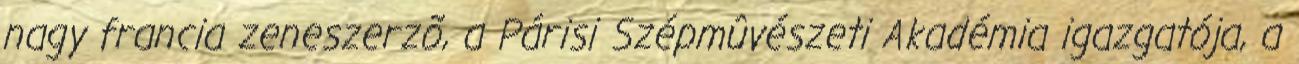
nagy francia zeneszerzõ, a Párisi Szépmûvészeti Akadémia igazgatója, a